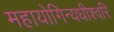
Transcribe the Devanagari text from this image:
महायोगिन्यधीश्वरि